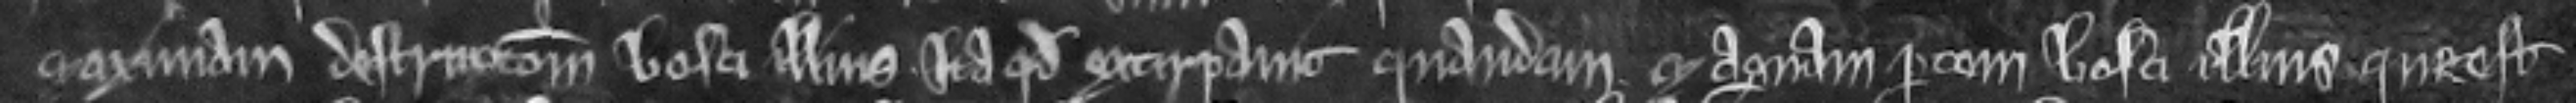
maximam destruccionem bosci illius ita quod extirpavit quondam. et magnam partem bosci illius que est